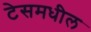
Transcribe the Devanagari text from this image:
टेसमधील